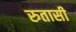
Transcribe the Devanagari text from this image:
रुतासी